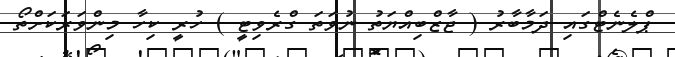
ޕްލެނެޓްގައި ދަމާބާރު ( ޖާޒްބިއްޔަތު ނުވަތަ ގްރެވިޓީ ) ހުރީ ކިހާ މިންވަރަކަށްތޯ